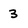
Character: 3